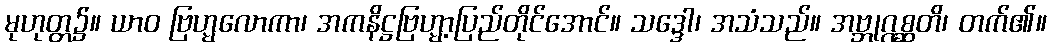
မုဟုတ္တ၌။ ယာဝ ဗြဟ္မလောကာ၊ အကနိဋ္ဌဗြဟ္မာ့ပြည်တိုင်အောင်။ သဒ္ဒေါ၊ အသံသည်။ အဗ္ဘုဂ္ဂစ္ဆတိ၊ တက်၏။